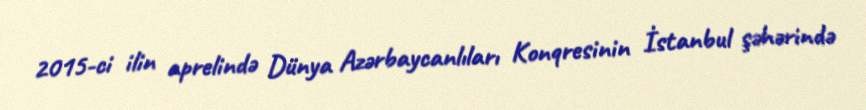
2015-ci ilin aprelində Dünya Azərbaycanlıları Konqresinin İstanbul şəhərində